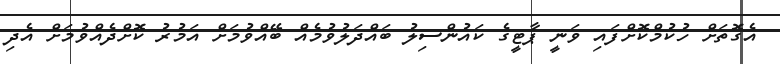
އެގޮތަށް ހުކުމްކޮށްފައި ވަނީ ޕާޓީގެ ކައުންސިލު ބައްދަލުވުމެއް ބޭއްވުމަށް އަމުރު ކޮށްދެއްވުމަށް އެދި